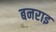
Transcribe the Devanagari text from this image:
बनराइ